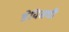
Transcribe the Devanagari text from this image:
डेविसची